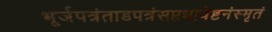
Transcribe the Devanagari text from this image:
भूर्जपत्रंताडपत्रंसप्तधावेष्टनंस्मृतं